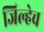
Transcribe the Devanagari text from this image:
जिल्हेच